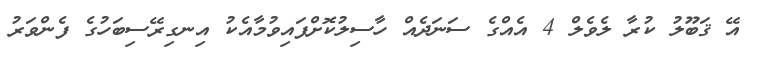
އޭ ޤަބޫލު ކުރާ ލެވެލް 4 އެއްގެ ސަނަދެއް ހާސިލުކޮށްފައިވުމާއެކު އިނގިރޭސިބަހުގެ ފެންވަރު